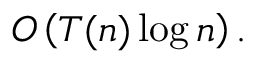
O \left( T ( n ) \log n \right) .